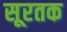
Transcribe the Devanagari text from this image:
सूरतक